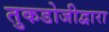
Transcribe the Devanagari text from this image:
तुकडोजीद्वारा